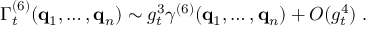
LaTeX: \Gamma _ { t } ^ { ( 6 ) } ( { \bf { q } } _ { 1 } , \ldots , { \bf { q } } _ { n } ) \sim g _ { t } ^ { 3 } \gamma ^ { ( 6 ) } ( { \bf { q } } _ { 1 } , \ldots , { \bf { q } } _ { n } ) + O ( g _ { t } ^ { 4 } ) \; .